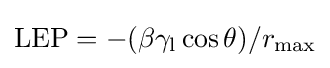
\mathrm {LEP} =-(\beta {\gamma }_{\rm {l}}\cos {\theta })/r_{\rm {max}}